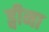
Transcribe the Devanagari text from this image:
ड्वीना